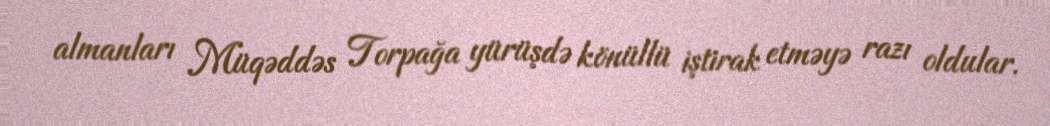
almanları Müqəddəs Torpağa yürüşdə könüllü iştirak etməyə razı oldular.